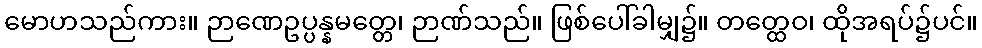
မောဟသည်ကား။ ဉာဏေဥပ္ပန္နမတ္တေ၊ ဉာဏ်သည်။ ဖြစ်ပေါ်ခါမျှ၌။ တတ္ထေဝ၊ ထိုအရပ်၌ပင်။